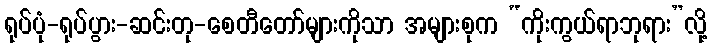
ရုပ်ပုံ-ရုပ်ပွား-ဆင်းတု-စေတီတော်များကိုသာ အများစုက “ကိုးကွယ်ရာဘုရား”လို့